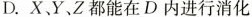
D.X.Y.Z都能在D内进行消化